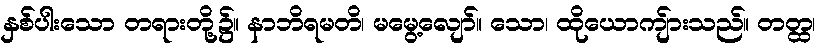
နှစ်ပါးသော တရားတို့၌။ နာဘိရမတိ၊ မမွေ့လျော်။ သော၊ ထိုယောကျ်ားသည်။ တတ္ထ၊